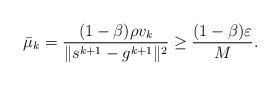
LaTeX: \begin{align*}\bar{\mu}_k = \frac{(1-\beta)\rho v_k}{\|s^{k+1} - g^{k+1}\|^2} \ge\frac{(1-\beta) \varepsilon}{M}.\end{align*}